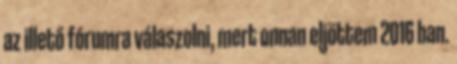
az illető fórumra válaszolni, mert onnan eljöttem 2O16 ban.